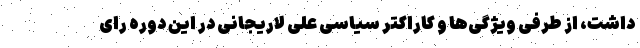
داشت، از طرفی ویژگی‌ها و کاراکتر سیاسی علی لاریجانی در این دوره رای